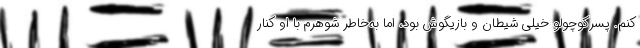
کنم. پسرکوچولو خیلی شیطان و بازیگوش بود، اما به‌خاطر شوهرم با او کنار